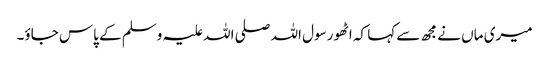
میری ماں نے مجھ سے کہا کہ اٹھو رسول اللہ صلی اللہ علیہ وسلم کے پاس جاؤ۔